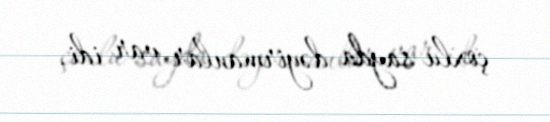
çoxlu sayda dəyirmanlar var idi.